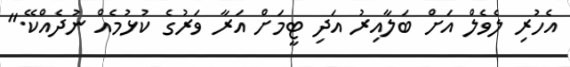
އެހުރި ލެވެލް އަށް ބަލާއިރު އަދި ޓީމަށް އަރާ ވަރުގެ ކުޅުމެއް ނުދެއްކޭ."